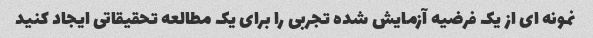
نمونه ای از یک فرضیه آزمایش شده تجربی را برای یک مطالعه تحقیقاتی ایجاد کنید